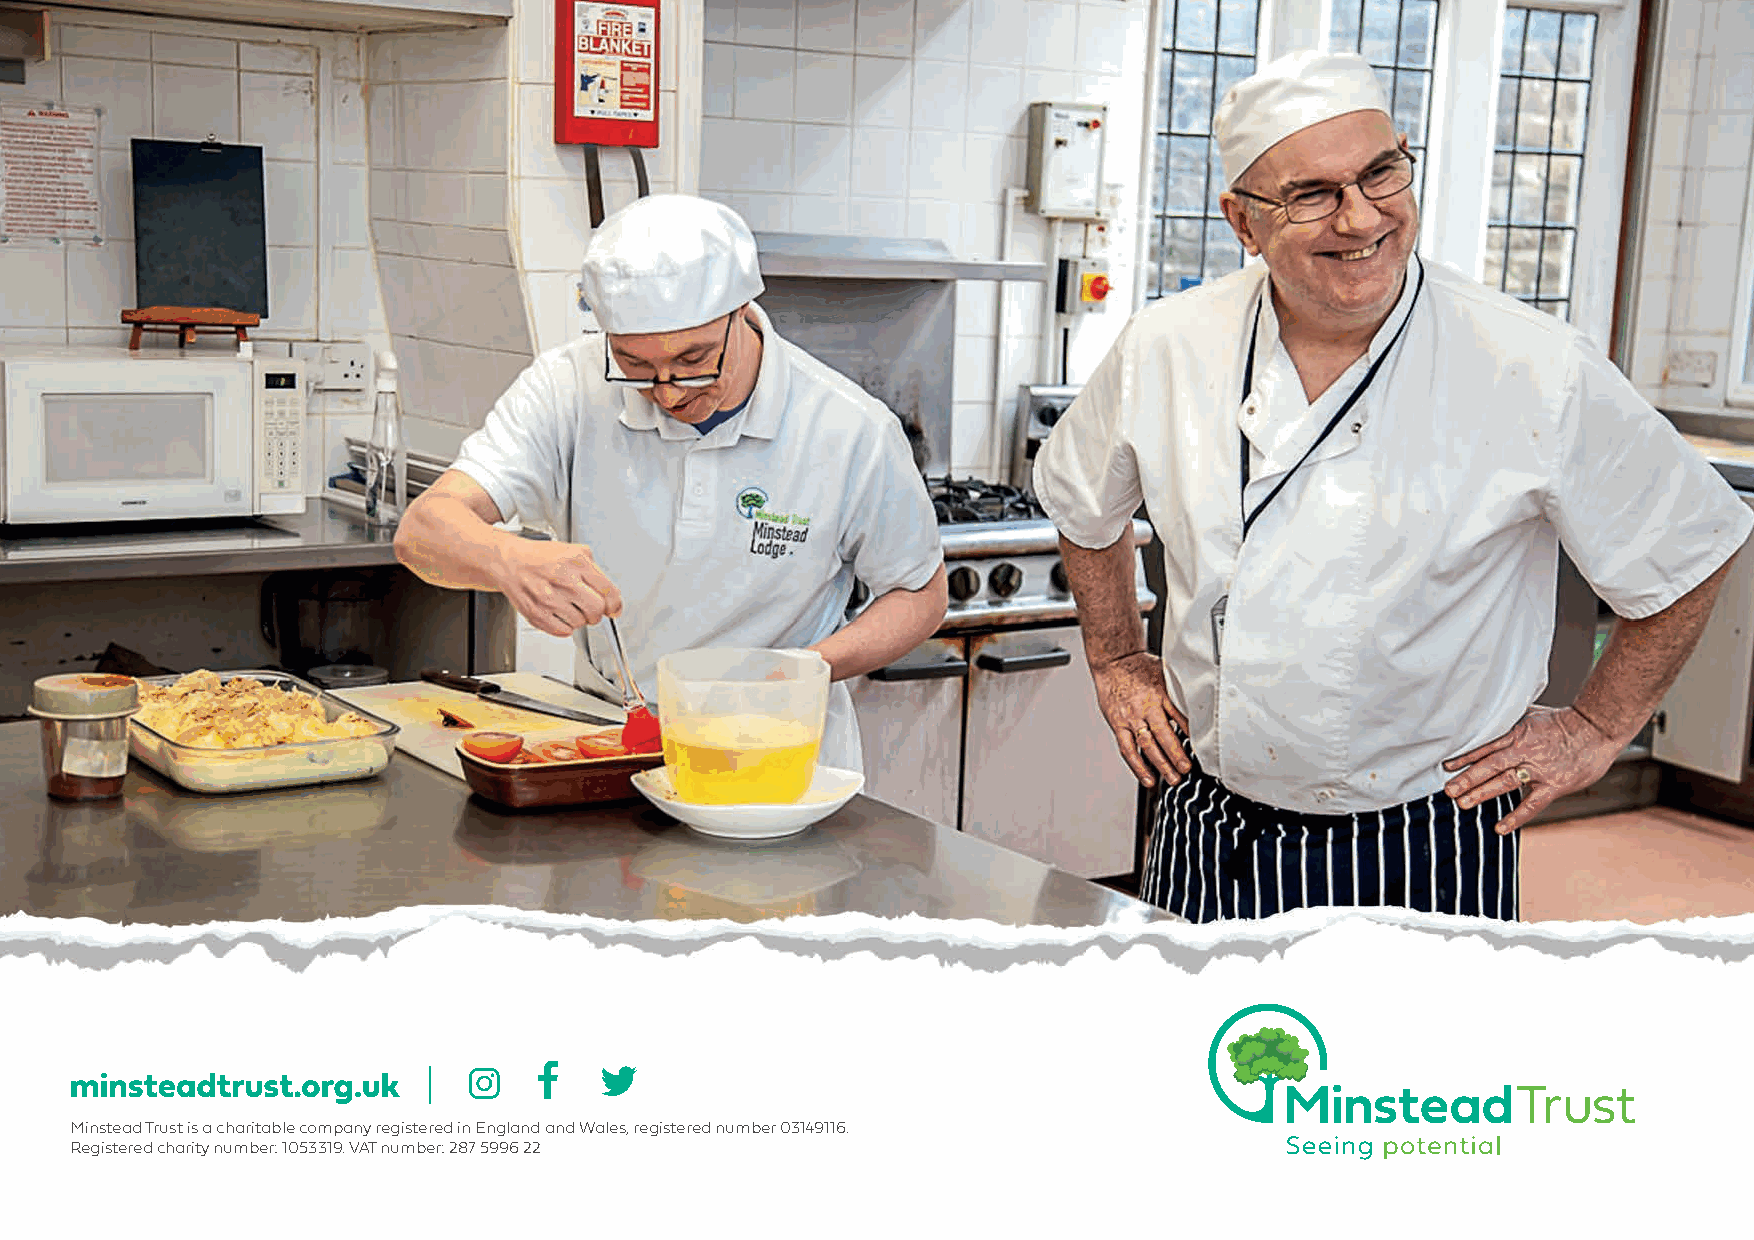
Minstead Trust is a charitable company registered in England and Wales, registered number 03149116.
 Registered charity number: 1053319. VAT number: 287 5996 22